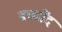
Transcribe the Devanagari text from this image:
बच्चोंद